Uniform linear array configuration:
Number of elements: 64
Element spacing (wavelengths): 0.25
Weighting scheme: blackman
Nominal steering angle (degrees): -60
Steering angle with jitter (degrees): -59.894
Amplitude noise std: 0.05
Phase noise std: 0.05

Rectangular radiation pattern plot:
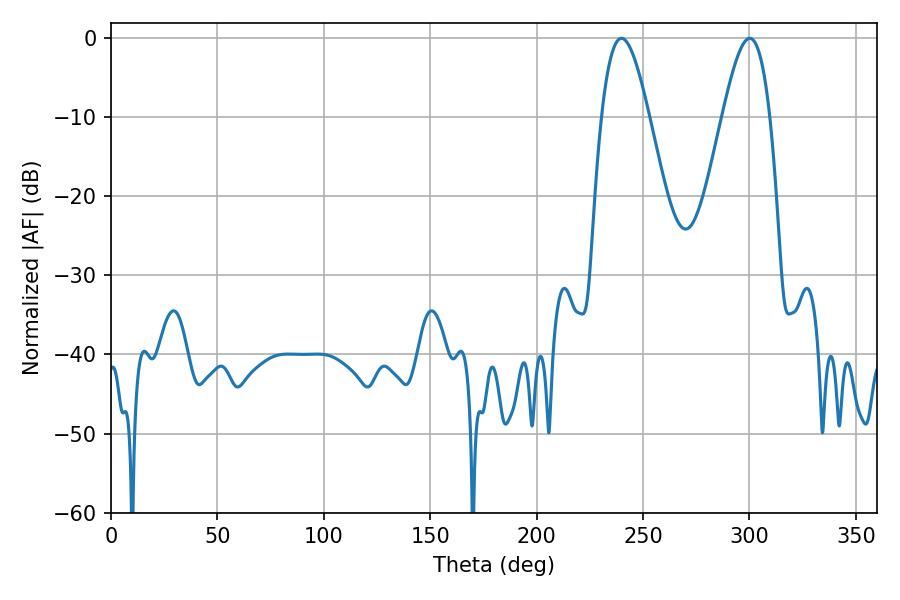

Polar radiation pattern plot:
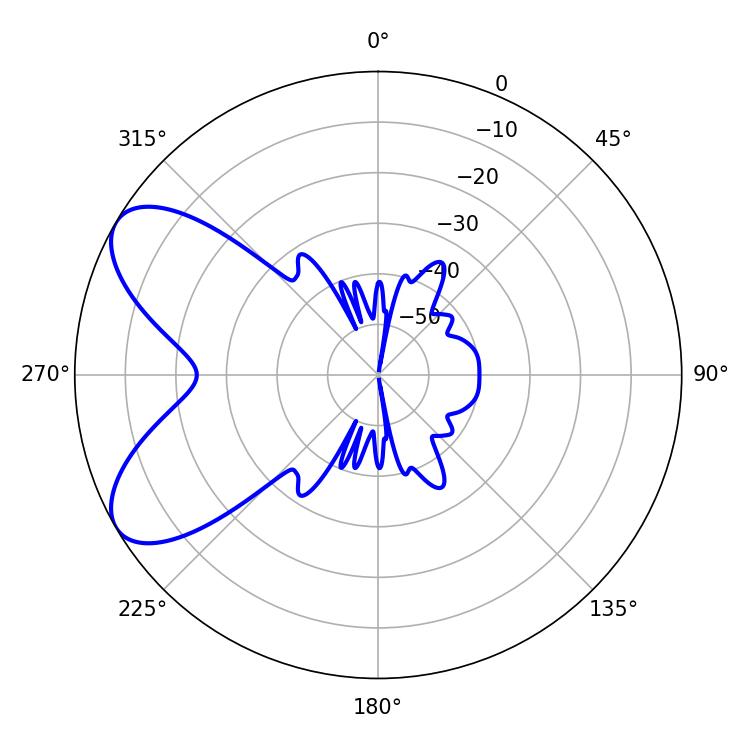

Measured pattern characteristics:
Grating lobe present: FALSE
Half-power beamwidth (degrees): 12.06
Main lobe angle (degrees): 239.94